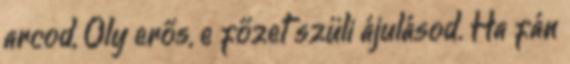
arcod, Oly erős, e főzet szüli ájulásod. Ha fán